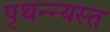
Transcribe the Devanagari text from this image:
पृथन्न्यस्त